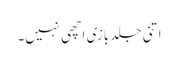
اتنی جلد بازی اچھی نہیں۔